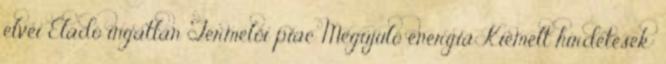
elvei Eladó ingatlan Termelői piac Megújuló energia Kiemelt hirdetések: